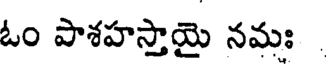
ఓం పాశహస్తాయై నమః